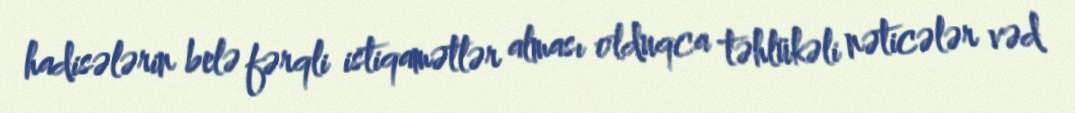
hadisələrin belə fərqli istiqamətlər alması olduqca təhlükəli nəticələr vəd